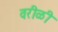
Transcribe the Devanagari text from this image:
वरीळी